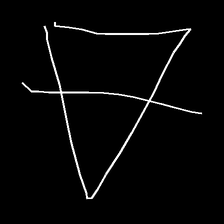
Glyph: empower